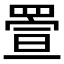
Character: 𦋠